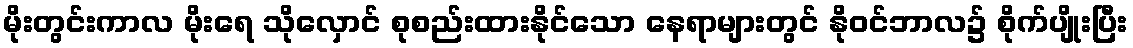
မိုးတွင်းကာလ မိုးရေ သိုလှောင် စုစည်းထားနိုင်သော နေရာများတွင် နိုဝင်ဘာလ၌ စိုက်ပျိုးပြီး